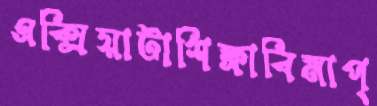
এক্সিয়াটাশিক্ষাবিমাপ্